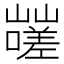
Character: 𰎿